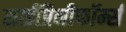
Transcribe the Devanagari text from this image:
साईप्रिनीफॉर्म्स